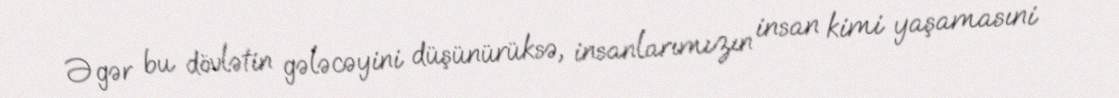
Əgər bu dövlətin gələcəyini düşünürüksə, insanlarımızın insan kimi yaşamasıni